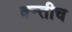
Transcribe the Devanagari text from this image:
क्न्तीच